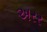
અરર